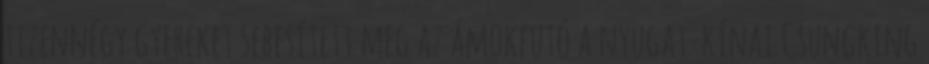
tizennégy gyereket sebesített meg az ámokfutó a nyugat-kínai Csungking